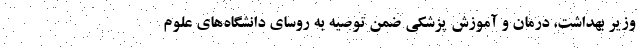
وزیر بهداشت، درمان و آموزش پزشکی ضمن توصیه به روسای دانشگاه‌های علوم